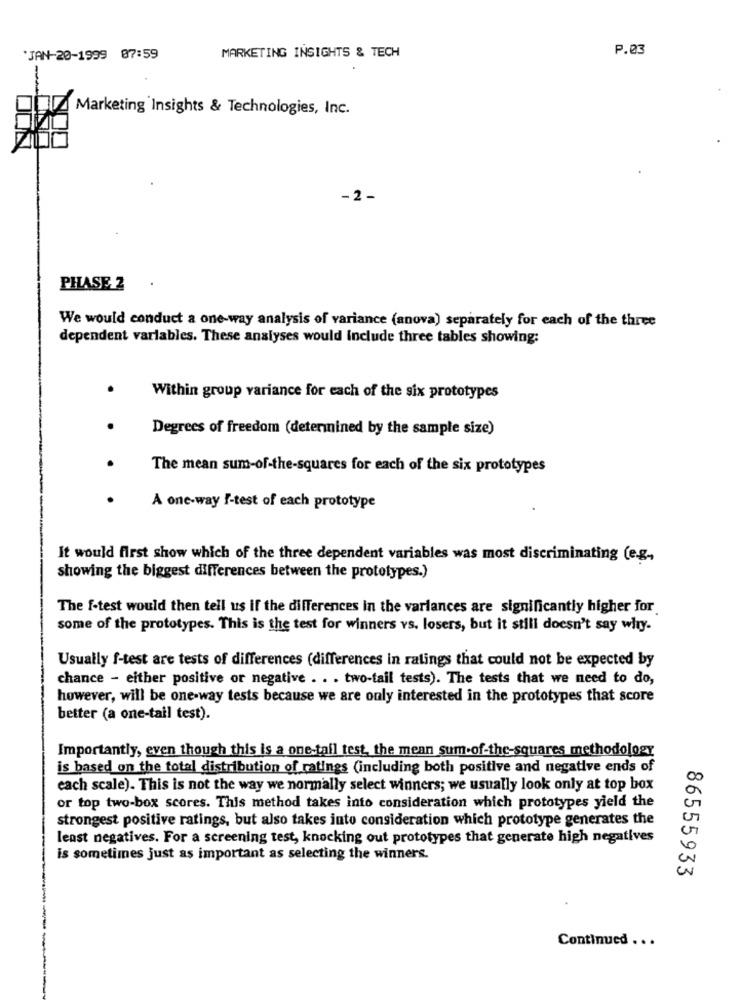
MARKETING INSIGHTS & TECH
P.03
"JAN-20-1999 87:59
Marketing Insights & Technologies, Inc.
- 2.
PHASE 2
We would conduct a one-way analysis of variance (anova) separately for each of the three
dependent variables. These analyses would include three tables showing:
Within group variance for each of the six prototypes
Degrees of freedom (determined by the sample size)
The mean sum-of-the-squares for each of the six prototypes
A one-way f-test of each prototype
It would first show which of the three dependent variables was most discriminating (e.g .,
showing the biggest differences between the prototypes.)
The f-test would then tell us if the differences in the variances are significantly higher for
some of the prototypes. This is the test for winners vs. losers, but it still doesn't say why-
Usually f-test are tests of differences (differences in ratings that could not be expected by
chance - either positive or negative . . . two-tail tests). The tests that we need to do,
however, will be one-way tests because we are only interested in the prototypes that score
better (a one-tail test).
Importantly, even though this is a one-tail test, the mean sum-of-the-squares methodology
is based on the total distribution of ratings (including both positive and negative ends of
each scale). This is not the way we normally select winners; we usually look only at top box
or top two-box scores. This method takes into consideration which prototypes yield the
strongest positive ratings, but also takes into consideration which prototype generates the
least negatives. For a screening test, knocking out prototypes that generate high negatives
is sometimes just as important as selecting the winners.
86555933
Continued . ..